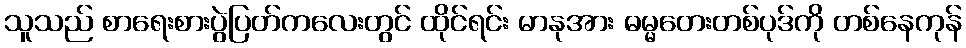
သူသည် စာရေးစားပွဲပြတ်ကလေးတွင် ထိုင်ရင်း မာနုအား ဓမ္မတေးတစ်ပုဒ်ကို တစ်နေကုန်